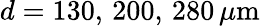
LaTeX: d=130,\, 200,\, 280\, \mu\mathrm{m}